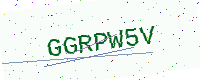
Text: GGRPW5V